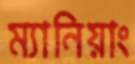
ম্যানিয়াং